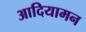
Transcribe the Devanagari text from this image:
आदियामन